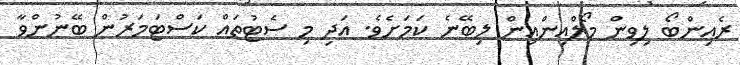
ރެއިންބޯ ލިވިން މޯލްއިންއިން ލިބޭނެ ކަމަށެވެ. އަދި މި ސެޓުތައް ކަސްޓަމަރުން ބޭނުންވާ